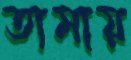
তামায়